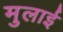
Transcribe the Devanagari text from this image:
मुलाई